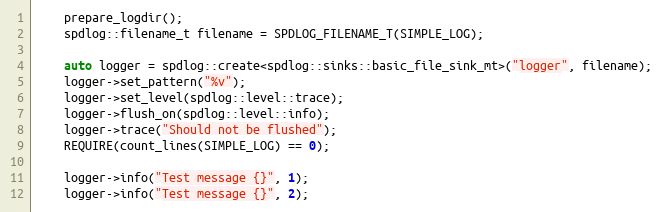
Language: C++
    prepare_logdir();
    spdlog::filename_t filename = SPDLOG_FILENAME_T(SIMPLE_LOG);

    auto logger = spdlog::create<spdlog::sinks::basic_file_sink_mt>("logger", filename);
    logger->set_pattern("%v");
    logger->set_level(spdlog::level::trace);
    logger->flush_on(spdlog::level::info);
    logger->trace("Should not be flushed");
    REQUIRE(count_lines(SIMPLE_LOG) == 0);

    logger->info("Test message {}", 1);
    logger->info("Test message {}", 2);